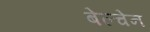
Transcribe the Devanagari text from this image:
बेल्चेन